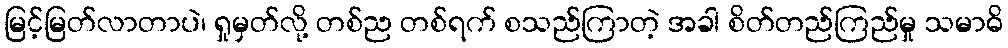
မြင့်မြတ်လာတာပဲ၊ ရှုမှတ်လို့ တစ်ည တစ်ရက် စသည်ကြာတဲ့ အခါ စိတ်တည်ကြည်မှု သမာဓိ